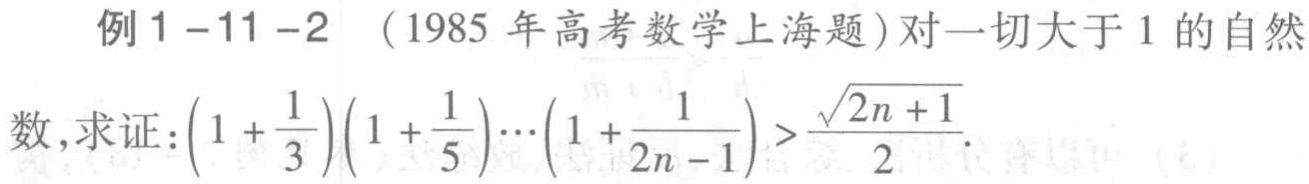
例1 -11 -2 （1985年高考数学上海题）对一切大于1的自然数, 求证: \((1 + \frac{1}{3})(1 + \frac{1}{5})\cdots(1 + \frac{1}{2n - 1}) > \frac{\sqrt{2n + 1}}{2}\).